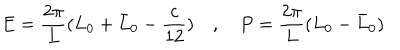
LaTeX: E = \frac { 2 \pi } { L } ( L _ { 0 } + \bar { L } _ { 0 } - \frac { c } { 1 2 } ) \quad , \quad P = \frac { 2 \pi } { L } ( L _ { 0 } - \bar { L } _ { 0 } )